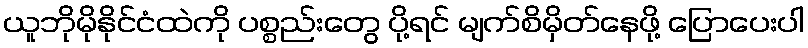
ယူဘိုမိုနိုင်ငံထဲကို ပစ္စည်းတွေ ပို့ရင် မျက်စိမှိတ်နေဖို့ ပြောပေးပါ